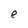
Character: e